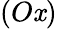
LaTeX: (O\mathit{x})